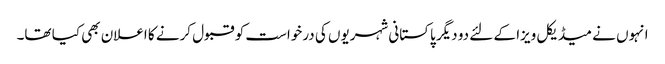
انہوں نے میڈیکل ویزا کے لئے دو دیگر پاکستانی شہریوں کی درخواست کو قبول کرنے کا اعلان بھی کیا تھا۔